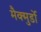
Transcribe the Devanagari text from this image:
मैक्मुर्डो